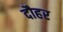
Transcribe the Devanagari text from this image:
दौहर